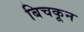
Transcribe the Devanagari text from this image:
बिचकून